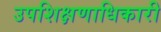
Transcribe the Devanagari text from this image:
उपशिक्षणाधिकारी